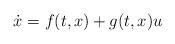
LaTeX: \begin{align*} \dot{x} = f(t,x) + g(t,x) u \end{align*}